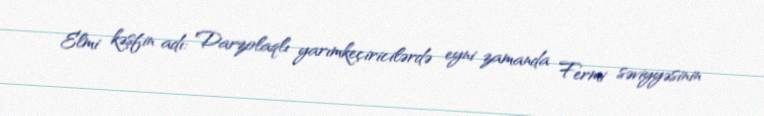
Elmi kəşfin adı: Darzolaqlı yarımkeçiricilərdə eyni zamanda Fermi səviyyəsinin